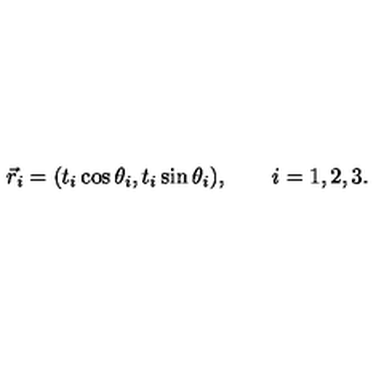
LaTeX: \vec { r } _ { i } = ( t _ { i } \cos \theta _ { i } , t _ { i } \sin \theta _ { i } ) , \qquad i = 1 , 2 , 3 .